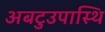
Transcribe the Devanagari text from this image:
अबटुउपास्थि